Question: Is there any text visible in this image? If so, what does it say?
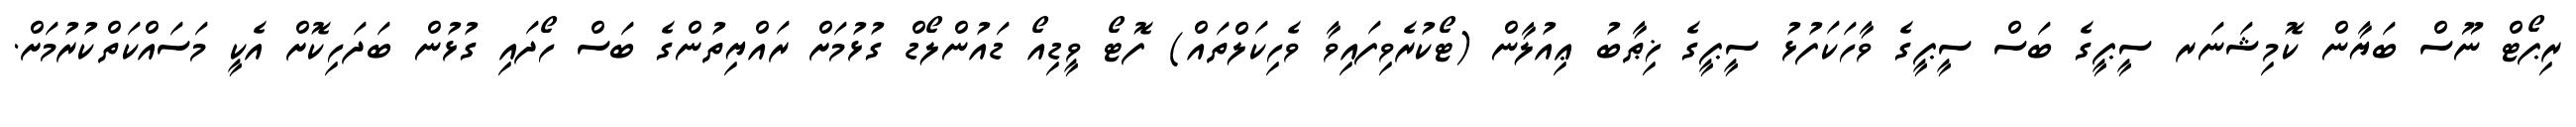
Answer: ރިޕޯޓް ނޫސް ބަޔާން ކޮމިޝަނަރ ސީޕީގެ ބަސް ސީޕީގެ ވާހަކަފުޅު ސީޕީގެ ޚިޠާބު ޢިއުލާން (ޓޯކުރެވިފައިވާ ވެހިކަލްތައް) ފޮޓޯ ވީޑިއޯ ޑައުންލޯޑް ގުޅުމަށް ރައްޔިތުންގެ ބަސް ހޯދައި ގުޅުން ބަދަހިކޮށް އެކީ މަސައްކަތްކުރުމަށް.